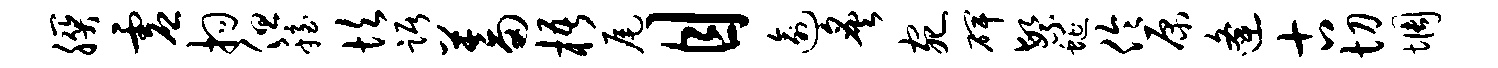
朕虚拘但稳坎踞蓄梧尾目逾炙宛碑繁蜒伶原逄古切惆